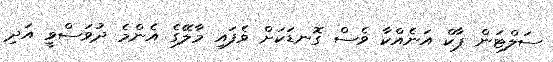
ސަލްޓަން ޕާކް އަނެއްކާ ވެސް ގޮނޑަކަށް ވެފައި މާލޭގެ އެންމެ ދުވަސްވީ އަދި